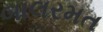
બાલરમત